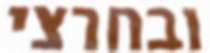
ובחרצי